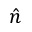
\hat { n }